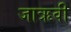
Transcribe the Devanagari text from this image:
जाऋवी